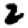
Digit: 2